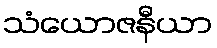
သံယောဇနီယာ